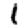
Digit: 1